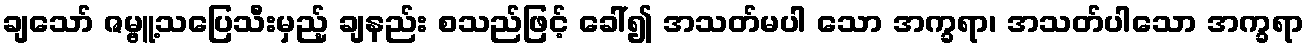
ချသော် ဇမ္ဗူ့သပြေသီးမှည့် ချနည်း စသည်ဖြင့် ခေါ်၍ အသတ်မပါ သော အက္ခရာ၊ အသတ်ပါသော အက္ခရာ